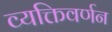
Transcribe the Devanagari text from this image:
व्यक्तिवर्णन